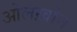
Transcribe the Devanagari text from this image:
ओलख़ोन